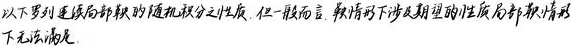
以下罗列连续局部鞅的随机积分之性质. 但一般而言, 鞅情形下涉及期望的性质局部鞅情形下无法满足.